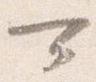
可